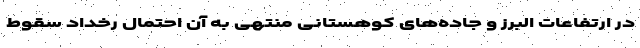
در ارتفاعات البرز و جاده‌های کوهستانی منتهی به آن احتمال رخداد سقوط